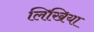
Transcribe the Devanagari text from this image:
लिखिया